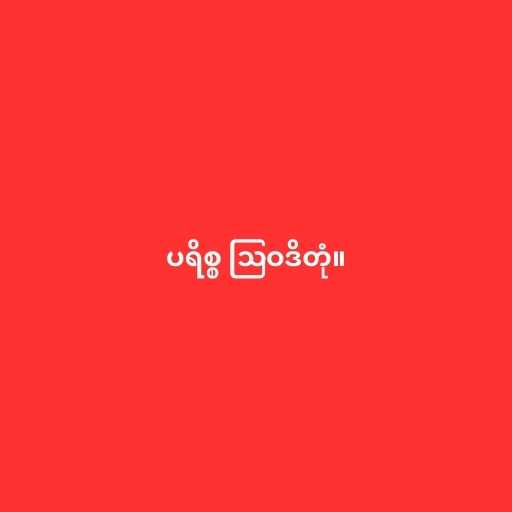
ပရိစ္စ ဩဝဒိတုံ။